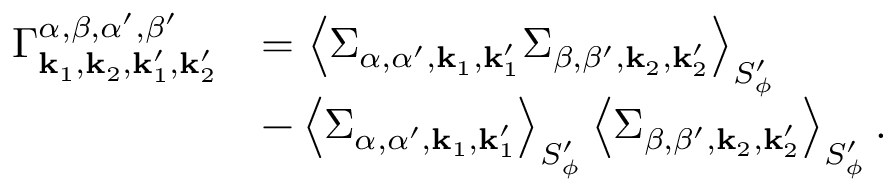
\begin{array} { r l } { \Gamma _ { { \mathbf { k } _ { 1 } } , { \mathbf { k } _ { 2 } } , { \mathbf { k } _ { 1 } ^ { \prime } } , { \mathbf { k } _ { 2 } ^ { \prime } } } ^ { \alpha , \beta , \alpha ^ { \prime } , \beta ^ { \prime } } } & { = \left< { \Sigma } _ { \alpha , \alpha ^ { \prime } , { \mathbf { k } _ { 1 } } , { \mathbf { k } _ { 1 } ^ { \prime } } } { \Sigma } _ { \beta , \beta ^ { \prime } , { \mathbf { k } _ { 2 } } , { \mathbf { k } _ { 2 } ^ { \prime } } } \right> _ { S _ { \phi } ^ { \prime } } } \\ & { - \left< { \Sigma } _ { \alpha , \alpha ^ { \prime } , { \mathbf { k } _ { 1 } } , { \mathbf { k } _ { 1 } ^ { \prime } } } \right> _ { S _ { \phi } ^ { \prime } } \left< { \Sigma } _ { \beta , \beta ^ { \prime } , { \mathbf { k } _ { 2 } } , { \mathbf { k } _ { 2 } ^ { \prime } } } \right> _ { S _ { \phi } ^ { \prime } } . } \end{array}